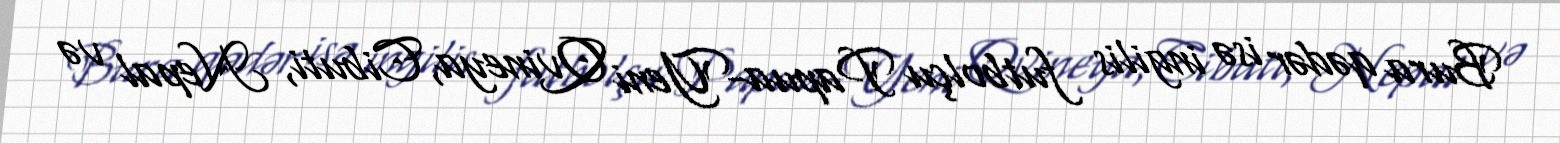
Bura qədər isə ingilis futbolçu Papua-Yeni Qvineya, Cibuti, Nepal və